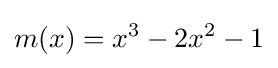
m(x)=x^{3}-2x^{2}-1